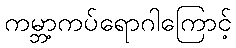
ကမ္ဘာ့ကပ်ရောဂါကြောင့်